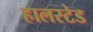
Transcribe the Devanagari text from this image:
हालस्टेड